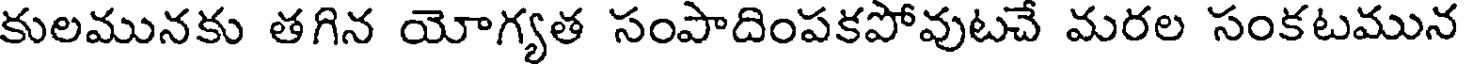
కులమునకు తగిన యోగ్యత సంపాదింపకపోవుటచే మరల సంకటమున